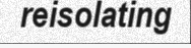
reisolating